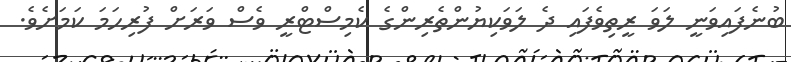
ބުނެފައިވަނީ ލަވަ ރީތިވެފައި ދެ ލަވަކިޔުންތެރިންގެ ކެމިސްޓްރީ ވެސް ވަރަށް ފުރިހަމަ ކަމަށެވެ.